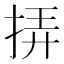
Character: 挵